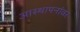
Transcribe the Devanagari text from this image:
आस्‍थापनांवर